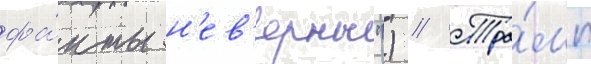
фа́кты н'ев'ерны") // Тра́мп